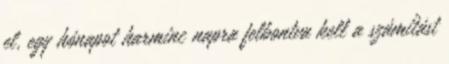
el, egy hónapot harminc napra felbontva kell a számítást